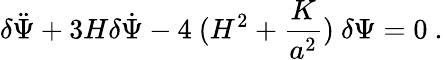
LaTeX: \delta\ddot{\Psi}+3H\delta\dot{\Psi}-4~(H^{2}+\frac{K}{a^{2}})~\delta\Psi=0\ .